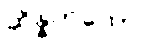
ဆိန္နကထော